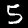
Label: 5